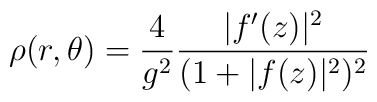
\rho(r,\theta)=\frac4{g^2}\frac{|f'(z)|^2}{(1+|f(z)|^2)^2}